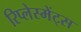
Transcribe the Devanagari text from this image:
रिप्लेस्मेंट्स